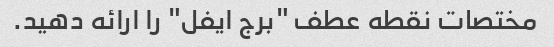
مختصات نقطه عطف "برج ایفل" را ارائه دهید.